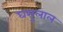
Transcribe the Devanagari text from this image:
घसुलाल